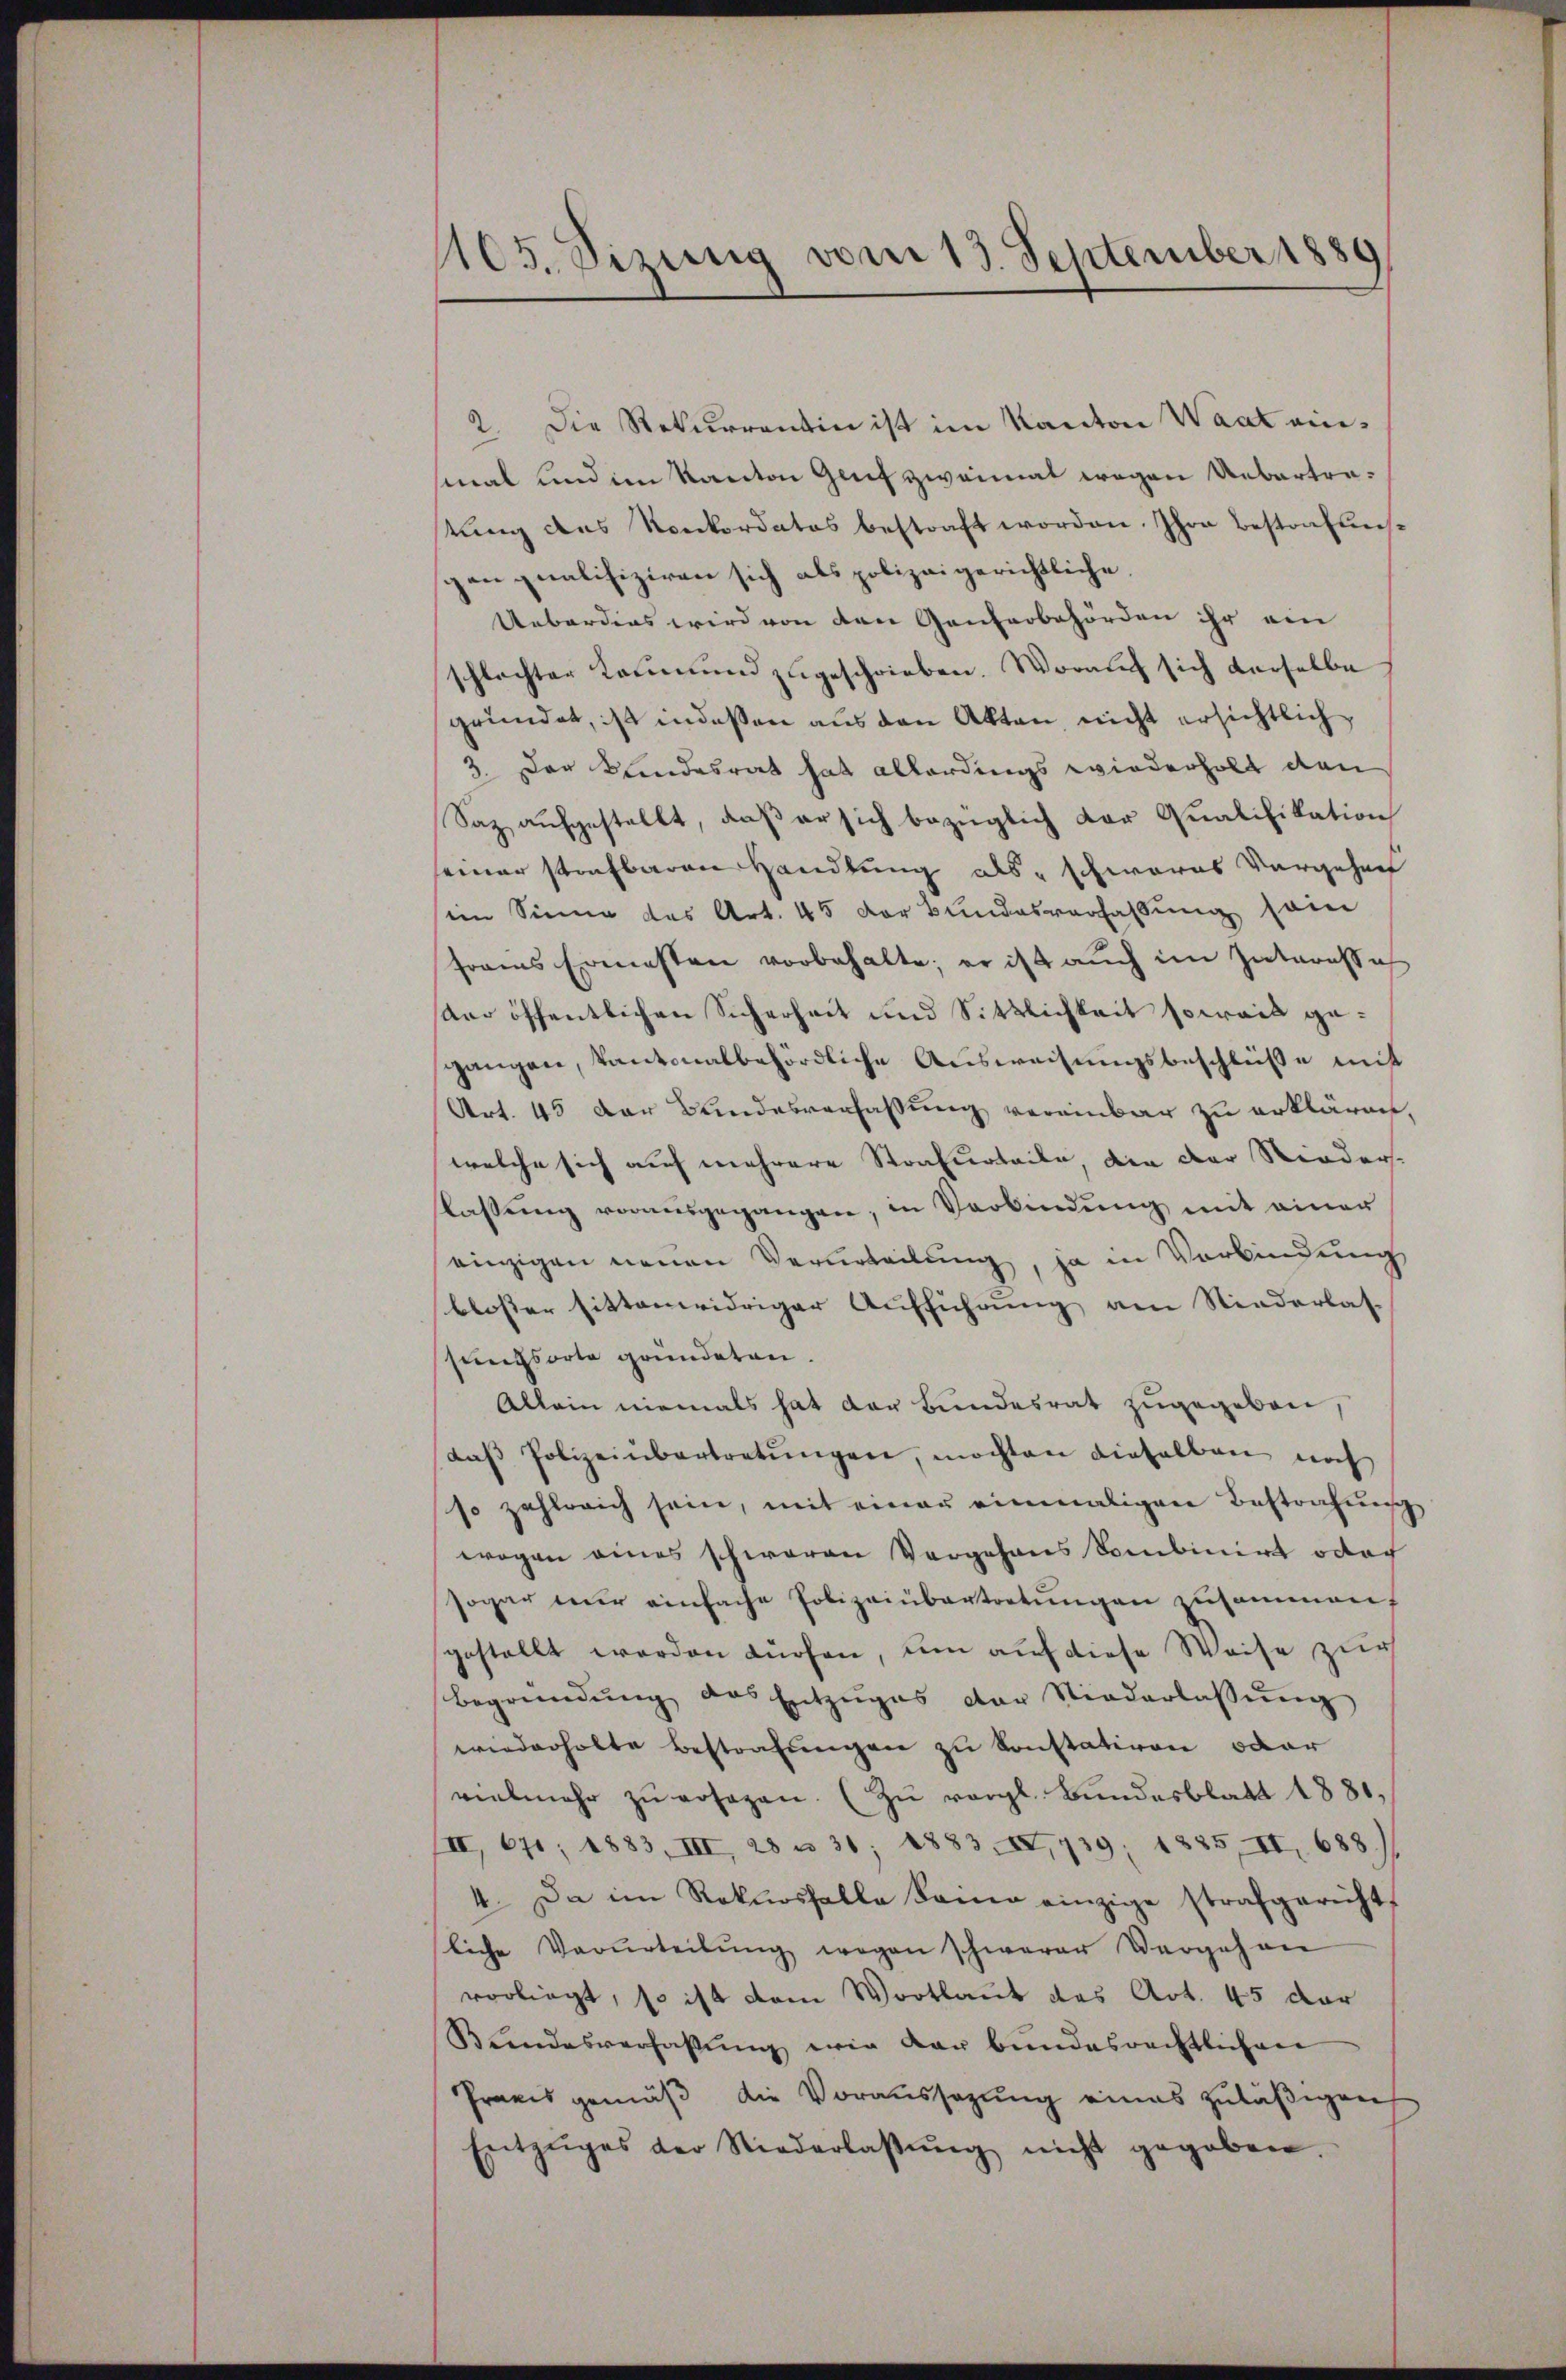
105. Sizung vom 13. September 1889

2. Die Rekurrentin ist im Kanton Waat einsmal und im Kanton Genf zweimal wegen Uebertrestŭng des Konkordates bestraft worden. Ihre Bestrafuns-
gen qualifiziren sich als polizeigerichtliche
Ueberdies wird von den Ganterbehörden ihr ein
schlechter Leumund zugeschrieben. Worauch sich derselbe
gründet, ist indeßen aus den Akten, nicht ersichtlich
3. Der Kindesrat hat allerdings wiederholt den
Saz aufgestellt, daß er sich bezüglich der Qualifikation
seiner strafbaren Handlung als schweres vorgehen
im Sinne des Art. 45 der Bundesverhaltung sein
frains Ermessen vorbehalte; er ist auch im Interesses
aer öffentlichen Sicherheit und Sittlichkeit soweit gegangen, kantonalbehördliche Ausweisungsbeschlüße mit
Art. 45 der Bundesverfassung vereinbar zu erklären.
welche sich auf mehrere Strafurteile, die der Rieder-
lassung vorausgegangen, in Verbindung mit einer
einzigen neuen Verurteilung, ja in Verbindung
bloser sittenwidriger Aufführung am Niederlas-
sungsorte gründeten.
Allein niemals hat der Bundesrat zugegeben,
daβ Polizeinbertretŭngen, möchten dieselben noch
so zahlreich sein, mit einen einmaligen Bestrafung
wogen eines schweren Vorgehens Sombinirt oder
sogar mir einfache Polizeiübertretŭngen zusammen,
gestellt werden dürfen, um auf diese Weise zur
begründŭng des Entzŭges der Niederlassŭng
wiederholte Bestrafungen zu konstativen oder
vielmehr zŭ ersagen. (Zu vergl. Bundesblatt 1881,
III, 671; 1883, III, 28 n 31; 1883 XI,739; 1835, II 688.
4. Da im Rekursfalle keine einzige strafgericht-
liche Verurteilŭng wegen schwerer Vergehen
vorliegt, so ist dem Wortlaut des Art. 45 der
Blendesverhaltŭng wie der bundesrechtlichen
Praxis gemäß die Voraussagung eines zuläßigen
Entzŭges der Niederlaβŭng nicht gegeben.